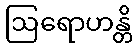
ဩရောဟန္တိ